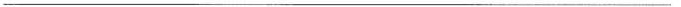
___